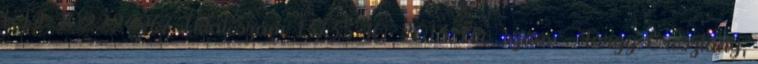
KTJ: 102224967 Iktatószám: 13735-10 2013. Hiv. szám: - Tárgy: Oroszlány,